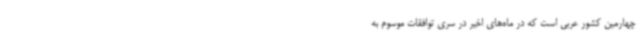
چهارمین کشور عربی است که در ماه‌های اخیر در سری توافقات موسوم به